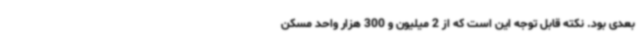
بعدی بود. نکته قابل توجه این است که از 2 میلیون و 300 هزار واحد مسکن